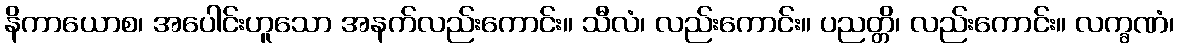
နိကာယောစ၊ အပေါင်းဟူသော အနက်လည်းကောင်း။ သီလံ၊ လည်းကောင်း။ ပညတ္တိ၊ လည်းကောင်း။ လက္ခဏံ၊